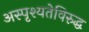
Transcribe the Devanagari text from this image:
अस्पृश्यतेविरुद्ध